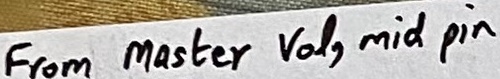
Text: From Master  Vol, mid pin